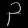
Digit: ၃